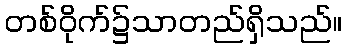
တစ်ဝိုက်၌သာတည်ရှိသည်။